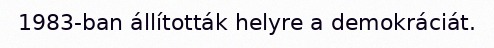
1983-ban állították helyre a demokráciát.